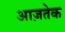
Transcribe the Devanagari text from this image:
आज़तेक